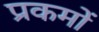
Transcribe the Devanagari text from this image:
प्रकमों